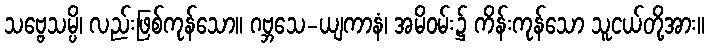
သဗ္ဗေသမ္ပိ၊ လည်းဖြစ်ကုန်သော။ ဂဗ္ဘသေ-ယျကာနံ၊ အမိဝမ်း၌ ကိန်းကုန်သော သူငယ်တို့အား။